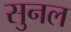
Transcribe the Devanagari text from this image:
सुनल